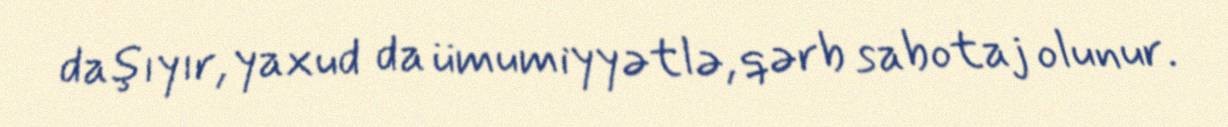
daşıyır, yaxud da ümumiyyətlə, qərb sabotaj olunur.